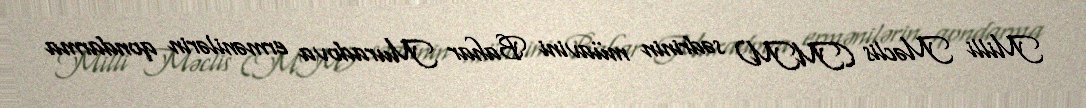
Milli Məclis (MM) sədrinin müavini Bahar Muradova ermənilərin qondarma